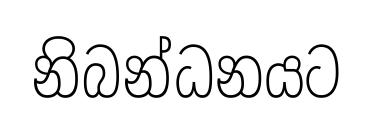
නිබන්ධනයට